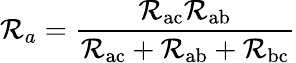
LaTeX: \mathcal{R}_{a}={\frac{{\mathcal{R}_{\mathrm{{ac}}}\mathcal{R}_{\mathrm{{ab}}}}}{{\mathcal{R}_{\mathrm{{ac}}}+\mathcal{R}_{\mathrm{{ab}}}+\mathcal{R}_{\mathrm{{bc}}}}}}